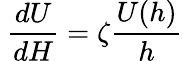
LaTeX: \ {\frac{dU}{dH}}=\zeta{\frac{U(h)}{h}}